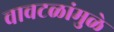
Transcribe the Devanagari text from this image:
वावटळांमुळे